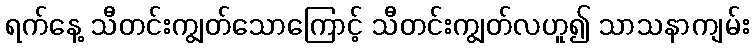
ရက်နေ့ သီတင်းကျွတ်သောကြောင့် သီတင်းကျွတ်လဟူ၍ သာသနာကျမ်း